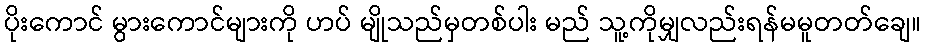
ပိုးကောင် မွားကောင်များကို ဟပ် မျိုသည်မှတစ်ပါး မည် သူ့ကိုမျှလည်းရန်မမူတတ်ချေ။